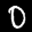
Label: 0